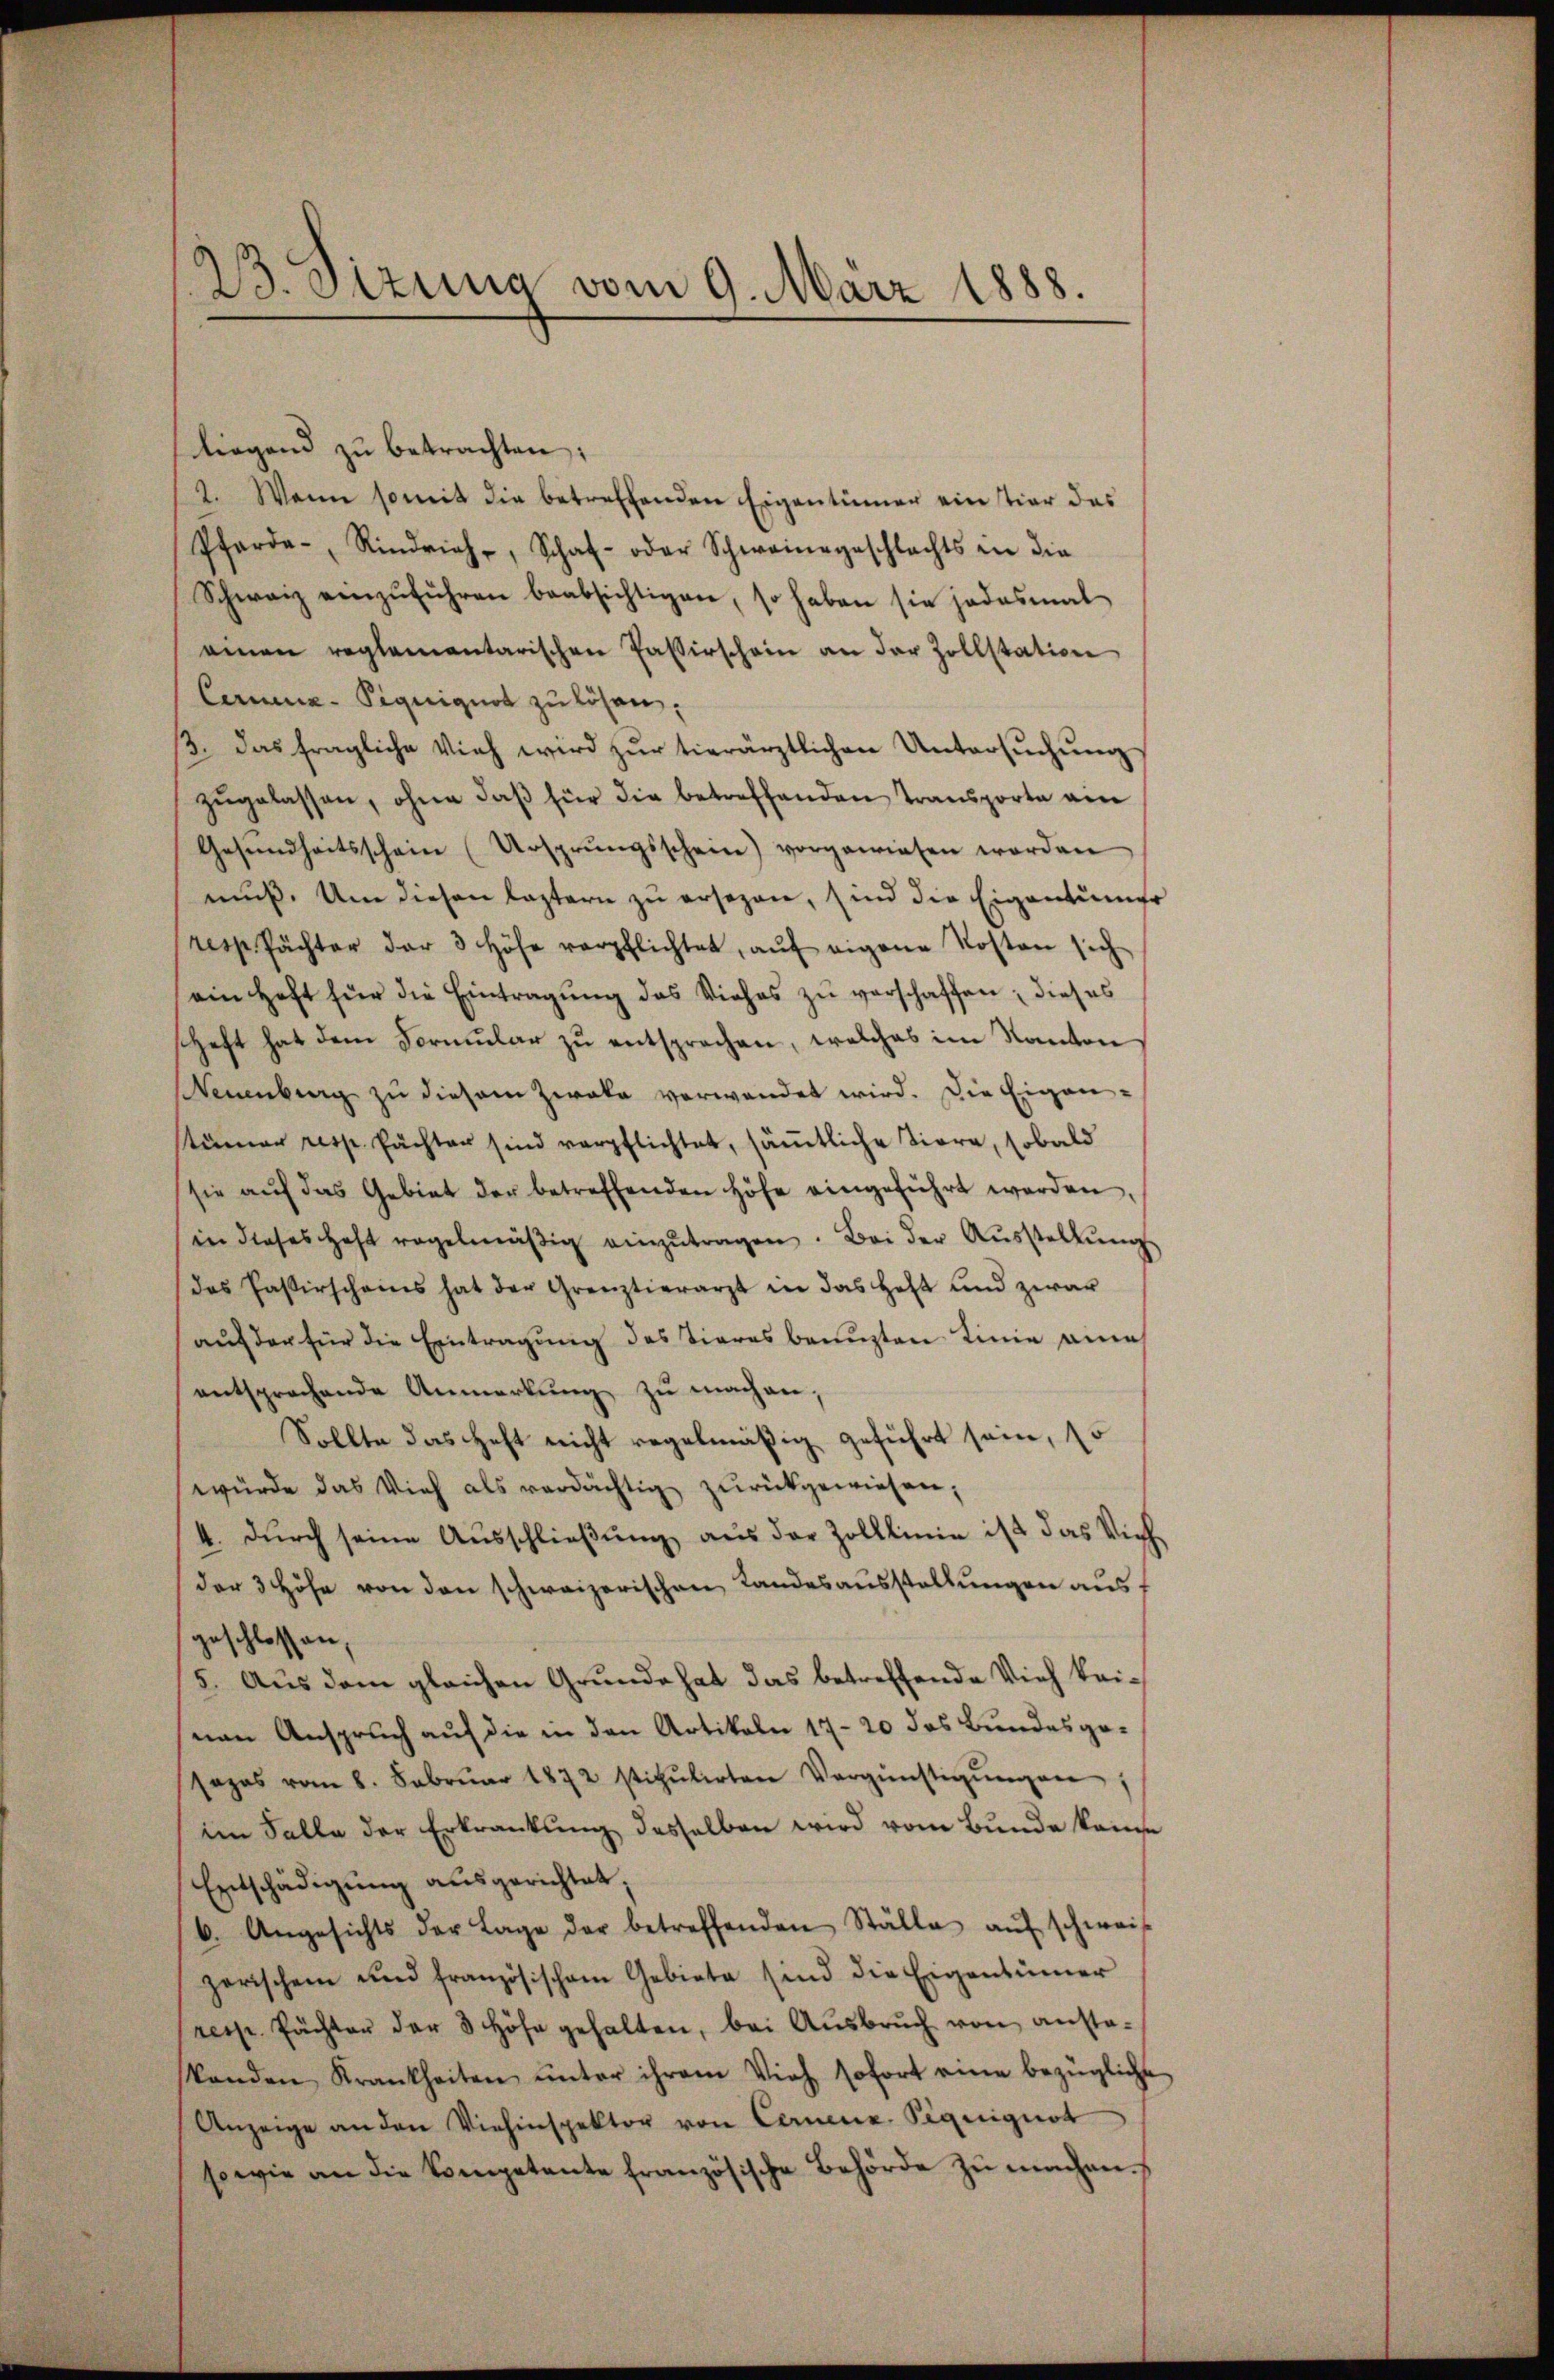
23. Sizung vom 9. März 1888.

liegend zu betrachten;
2. Wenn somit die betreffenden Eigentümer ein tier das
Pferde-, Rindrich, Schaf- oder Schweingeschlachts in die
Schweiz einzŭführen beabsichtigen, so haben sie jedesmal
einen reglementarischen Passirschein an der Zollstation
Cama-Piquiguot zu lösen,
β. das fragliche Vieh wird zŭr hierärztlichen Untersŭchŭng
zŭgelassen, ohne daβ für die betreffenden Transporte am
Gesŭndheitsschein (Ursprungsschein) vorgewiesen worden
muß. Um diesen lastern zu ersezen, sind die Eigentümer
resp. Pächter der 3 Höhe verpflichtet, aŭf eigene Kosten sich
ein Heft für die Eintragung des Viehes zu verschaffen; dieses
schaft hat dem Formŭlar zŭ entsprochen, welches im Kanton
Neuenburg zu diesem Zwaka verwendet wird. Die Eigen-
stümer resp. suchten sind verpflichtet, sämtliche Tiere, sobald
sie aŭf das Gebiet der betreffenden Höfe eingeführt werden,
in dieses haft regelmäβig einzŭtragen. Bei der Aŭsstellŭng
das Paßirscheins hat der Grenztierarzt in das Heft und zwar
aŭf der für die Eintragung des Tieres benuzten Linie eine
entsprechende Anmerkŭng zu machen;
Sollte das Heft nicht regelmäßig geführt sein, so
würde das Vieh als verdächtig zŭrückgewiesen,
4. dŭrch seine Ausschlieβŭng aus der Zolllinie ist das Vieh
der 3 Höhe von den schweizerischen Landesausstellungen aus
geschlossen,
5. Aus dem gleichen Grunde hat das betreffende Vieh keinen Anspruch auf die in den Artikeln 17-20 das Bundesgosezes vom 8. Februar 1872 stipulirten Vergünstigŭngen
im Falle der Erkrankung desselben wird vom Bunde keine
Entschädigŭng ausgerichtet,
6. Angesichts der Lage der betreffenden Ställe aŭf schweis
zerischen und französischem Gebiete sind die Eigentümer
(resp. Pächter der 3 Höhe gehalten, bei Aŭsbrŭch von anstastanden Krankheiten ŭnter ihrem Vieh sofort eine bezügliche
Anzeige an den Viehinspektor von Canne Piquignot
sowie an die kompetente französische Behörde zŭ machen.